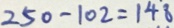
2 5 0 - 1 0 2 = 1 4 8